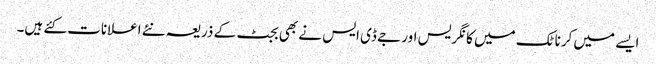
ایسے میں کرناٹک میں کانگریس اور جے ڈی ایس نے بھی بجٹ کے ذریعہ نئے اعلانات کئے ہیں۔